Vaccination in the Punjab 1905-1918 - 1905-1918
Year: 1905
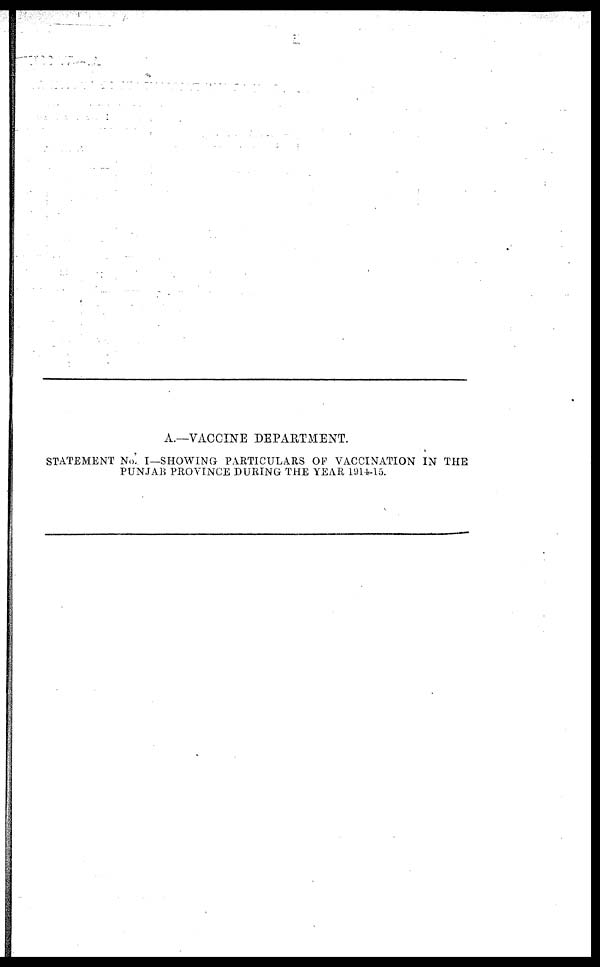
A.—VACCINE DEPARTMENT.
STATEMENT No. I—SHOWING PARTICULARS OF VACCINATION IN THE
PUNJAB PROVINCE DURING THE YEAR 1914-15.